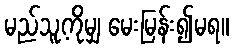
မည်သူ့ကိုမျှ မေးမြန်း၍မရ။